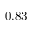
0 . 8 3